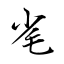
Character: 毟